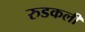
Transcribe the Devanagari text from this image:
रुडकली